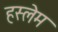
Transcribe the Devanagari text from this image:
हस्लेम